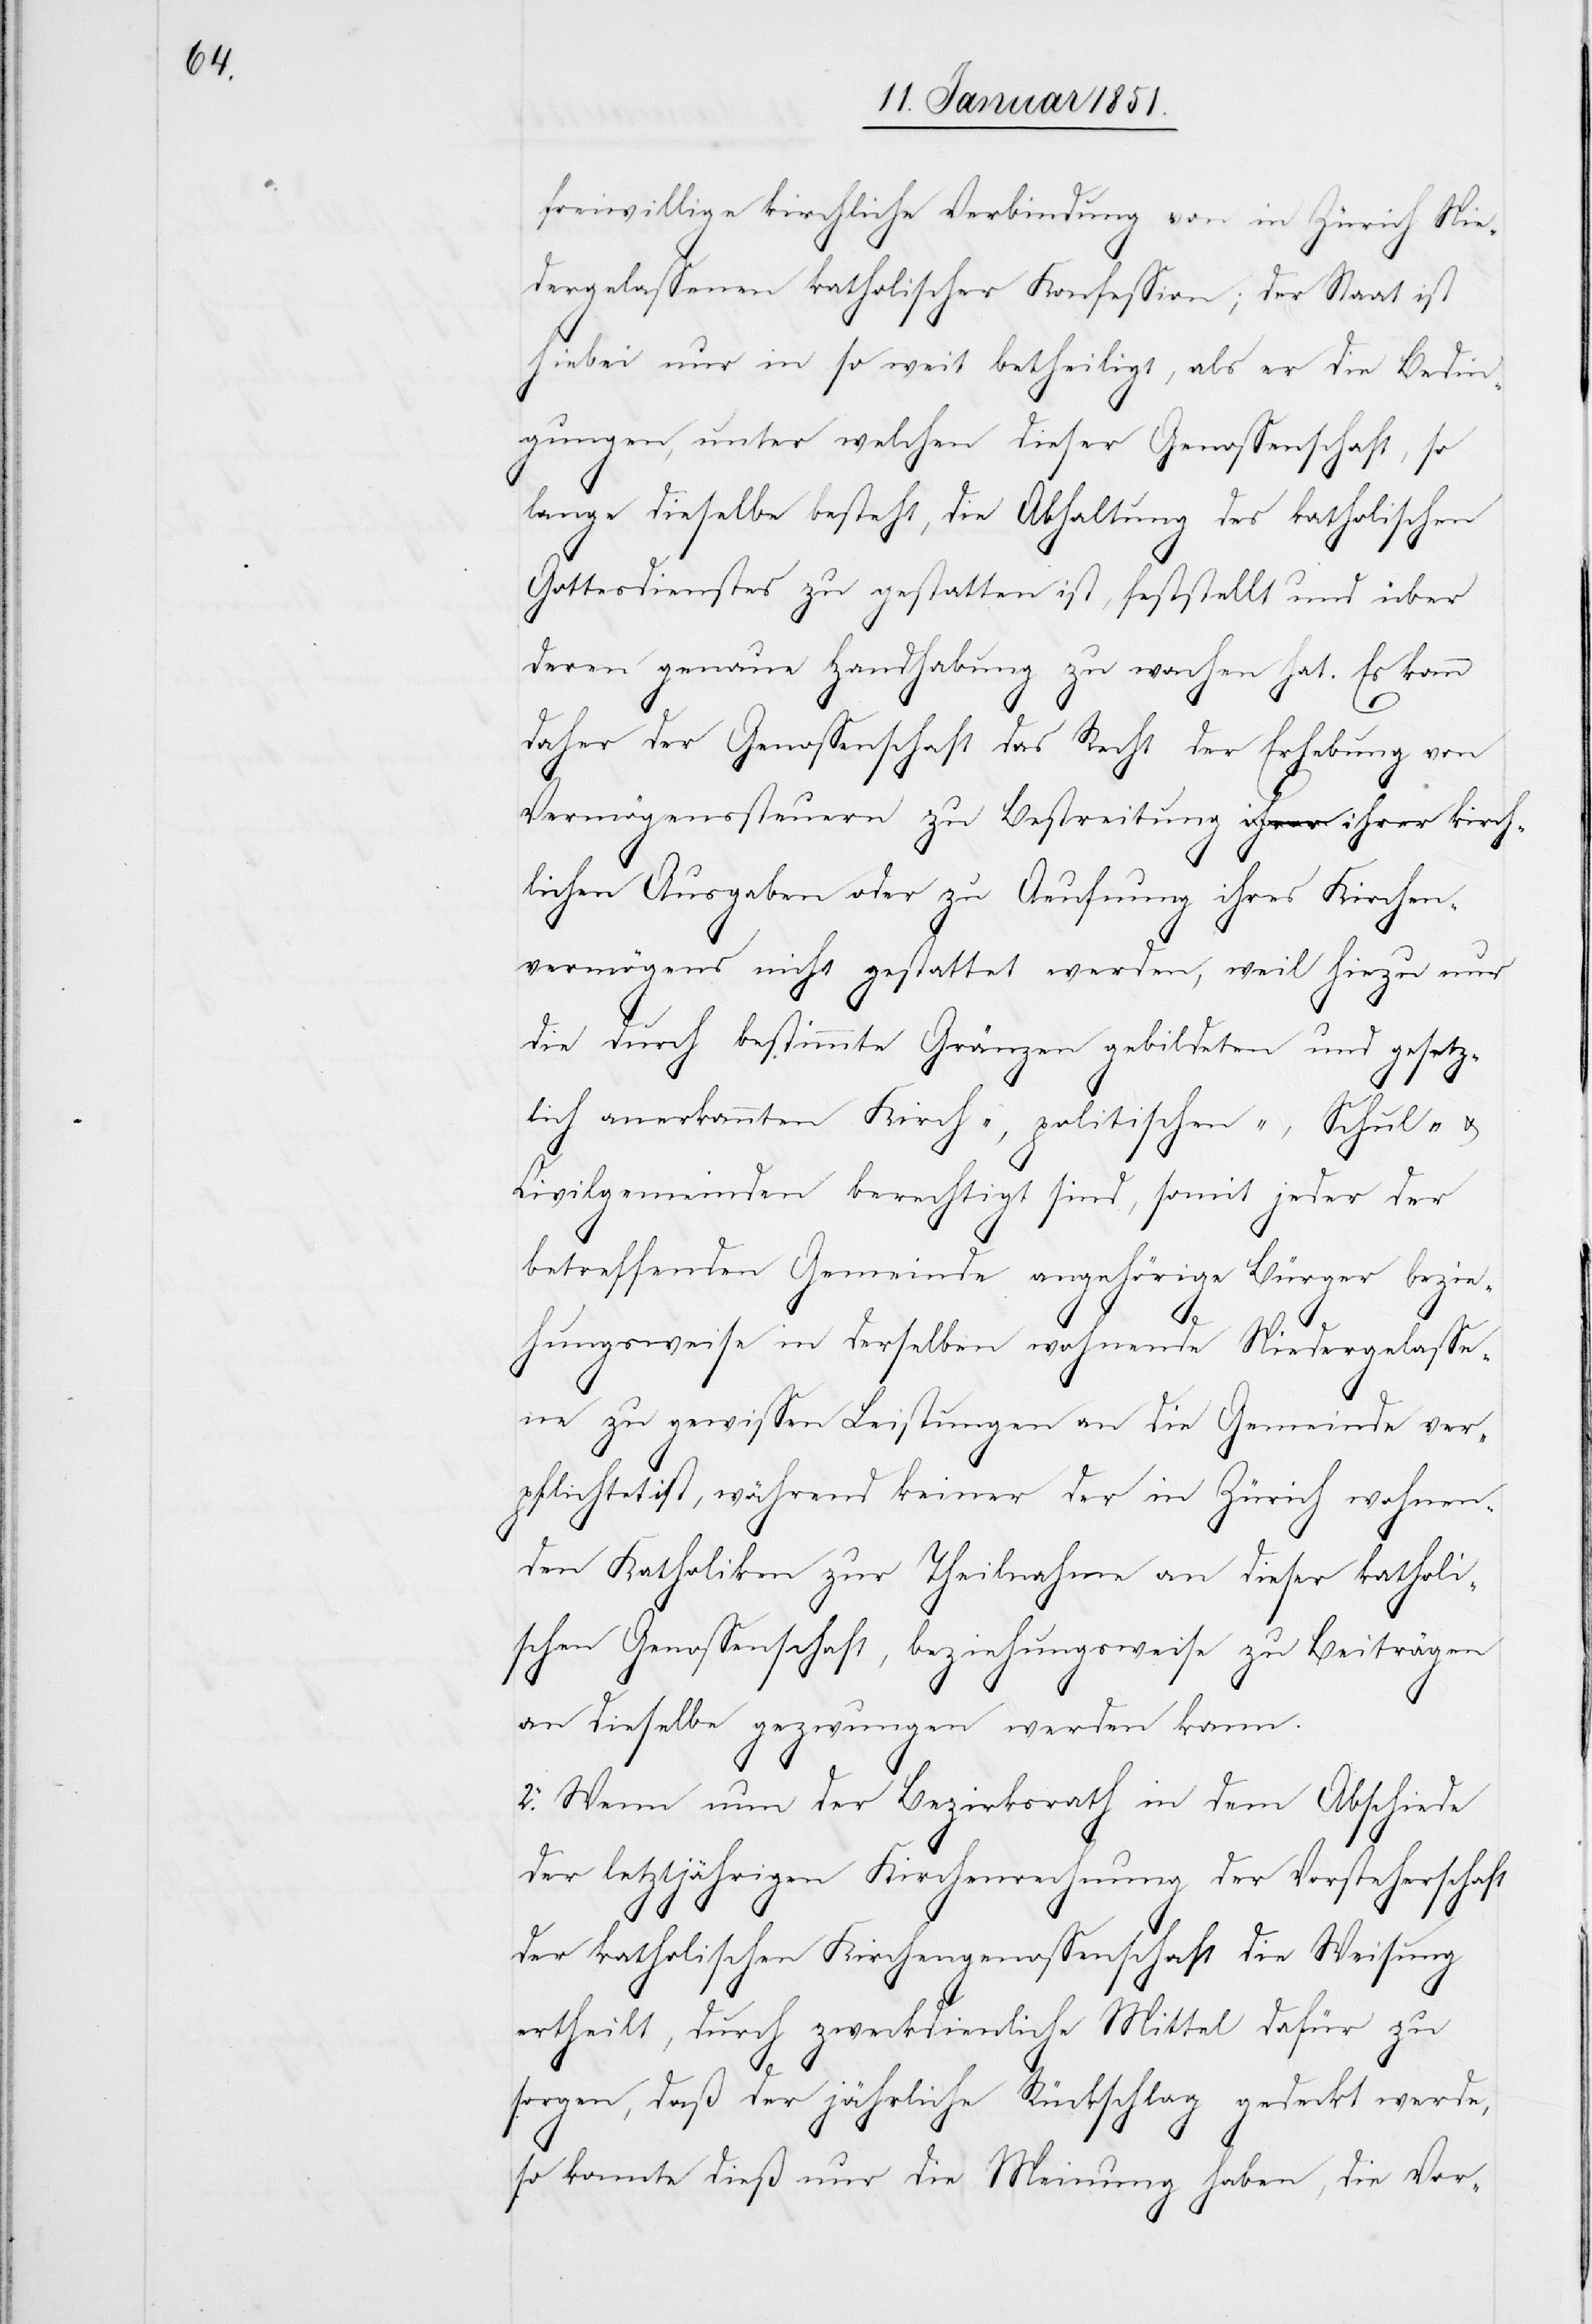
freiwillige kirchliche Verbindung von in Zürich Nie¬
dergelassenen katholischer Konfession; der Staat ist
hiebei nur in so weit betheiligt, als er die Bedin¬
gungen, unter welchen dieser Genossenschaft, so
lange dieselbe besteht, die Abhaltung des katholischen
Gottesdienstes zu gestatten ist, feststellt und über
deren genaue Handhabung zu wachen hat. Es kann
daher der Genossenschaft das Recht der Erhebung von
Vermögenssteuern zu Bestreitung ihrer kirch¬
lichen Ausgaben oder zu Aeufnung ihres Kirchen¬
vermögens nicht gestattet werden, weil hiezu nur
die durch bestimmte Gränzen gebildeten und gesetz¬
lich anerkannten Kirch-, politischen-, Schul- u.
Civilgemeinden berechtigt sind, somit jeder der
betreffenden Gemeinde angehörige Bürger bezie¬
hungsweise in derselben wohnende Niedergelasse¬
ne zu gewissen Leistungen an die Gemeinde ver¬
pflichtet ist, während keiner der in Zürich wohnen¬
den Katholiken zur Theilnahme an dieser katholi¬
schen Genossenschaft, beziehungsweise zu Beiträgen
an dieselbe gezwungen werden kann.
2. Wenn nun der Bezirksrath in dem Abschiede
der letztjährigen Kirchenrechnung der Vorsteherschaft
der katholischen Kirchengenossenschaft die Weisung
ertheilt, durch zweckdienliche Mittel dafür zu
sorgen, daß der jährliche Rückschlag gedeckt werde,
so konnte dieß nur die Meinung haben, die Vor-